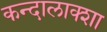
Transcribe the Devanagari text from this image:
कन्दालाक्शा